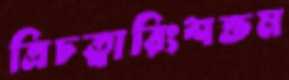
ত্রিচত্বারিংশত্তম